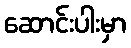
ဆောင်းပါးမှာ